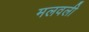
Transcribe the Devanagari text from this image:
मलवली